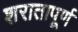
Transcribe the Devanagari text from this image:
शरातापूर्ण